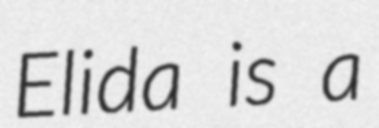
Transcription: Elida is a